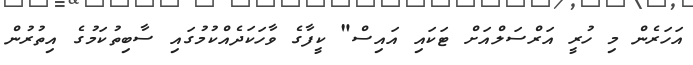
އަހަރެން މި ހުރީ އަރްސަލްއަށް ޓަކައި އައިސް" ކީފާގެ ވާހަކަދެއްކުމުގައި ސާބިތުކަމުގެ އިތުރުން